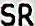
SR